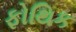
ફોથિક